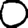
Digit: 0